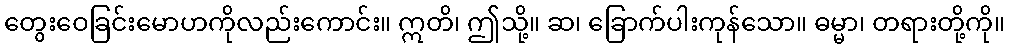
တွေးဝေခြင်းမောဟကိုလည်းကောင်း။ ဣတိ၊ ဤသို့။ ဆ၊ ခြောက်ပါးကုန်သော။ ဓမ္မာ၊ တရားတို့ကို။